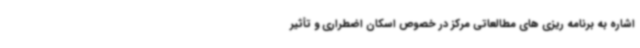
اشاره به برنامه ریزی های مطالعاتی مرکز در خصوص اسکان اضطراری و تأثیر